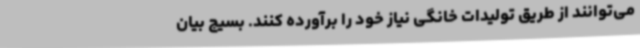
می‌توانند از طریق تولیدات خانگی نیاز خود را برآورده کنند. بسیج بیان